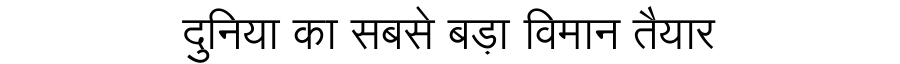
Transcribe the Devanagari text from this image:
दुनिया का सबसे बड़ा विमान तैयार